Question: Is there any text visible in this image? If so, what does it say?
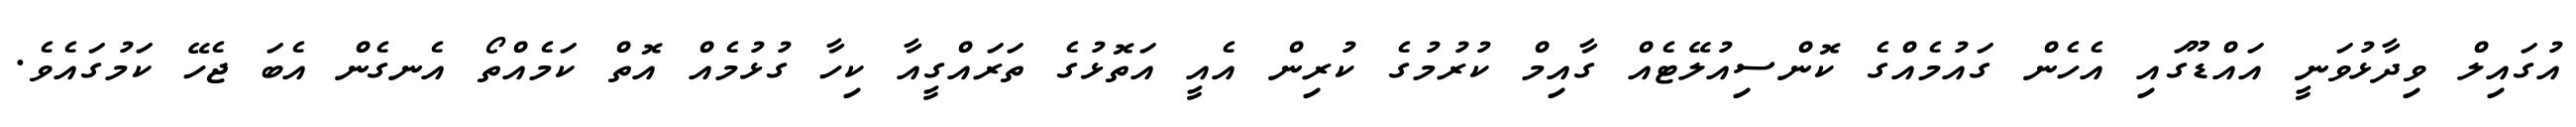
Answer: އުގައިލް ވިދާޅުވަނީ އައްޑޫގައި އެހެން ގައުމެއްގެ ކޮންސިއުލޭޓެއް ގާއިމް ކުރުމުގެ ކުރިން އެއީ އަތޮޅުގެ ތަރައްގީއާ ކިހާ ގުޅުމެއް އޮތް ކަމެއްތޯ އެނގެން އެބަ ޖެހޭ ކަމުގައެވެ.